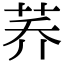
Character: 荞